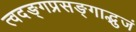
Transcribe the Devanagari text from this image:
त्वदङ्गप्रसङ्गाद्भुजं